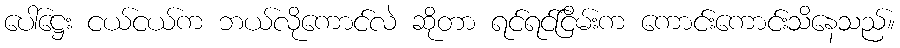
ပေါ်ဋ္ဌေး ငယ်ငယ်က ဘယ်လိုကောင်လဲ ဆိုတာ ရင်ရင်ငြိမ်းက ကောင်းကောင်းသိနေသည်။